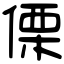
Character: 傈